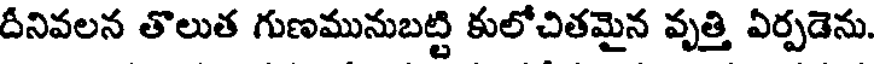
దీనివలన తొలుత గుణమునుబట్టి కులోచితమైన వృత్తి ఏర్పడెను.